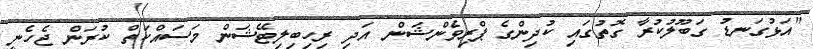
"އަޅުގަނޑު ގަބޫލުކުރާ ގޮތުގައި ކުދިންގެ ޕްރިވެންޝަން އަދި ރިހިބިލިޓޭޝަން މަސައްކަތް ކުރަން ޖެހެނީ